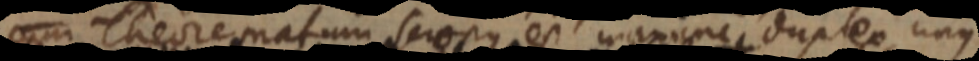
Theorematum scopus est maxime duplex, unus